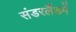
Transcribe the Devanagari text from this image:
संडरलैंडमें